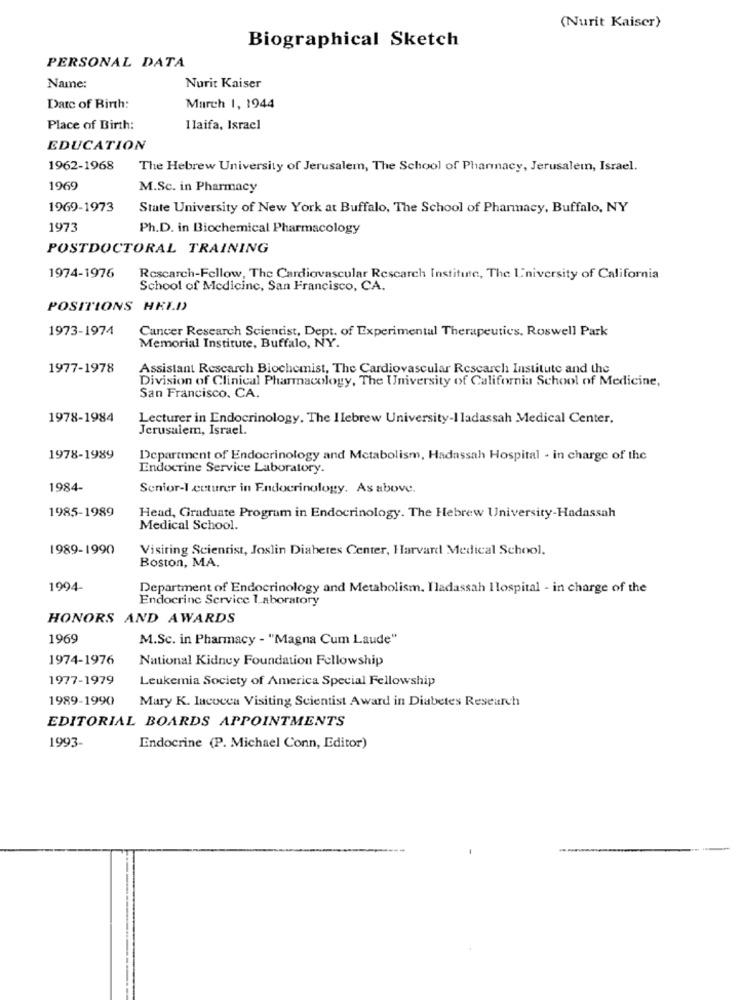
(Nurit Kaiser)
Biographical Sketch
PERSONAL DATA
Name:
Nurit Kaiser
Date of Birth:
March 1, 1944
Place of Birth:
Ilaifa, Israel
EDUCATION
1962-1968
The Hebrew University of Jerusalem, The School of Pharmacy, Jerusalemn, Israel.
1969
M.Sc. in Pharmacy
1969-1973
State University of New York at Buffalo, The School of Pharmacy, Buffalo, NY
1973
Ph.D. in Biochemical Pharmacology
POSTDOCTORAL TRAINING
1974-1976
Rescarch-Fellow, The Cardiovascular Research Institute, The University of California
School of Medicine, San Francisco, CA.
POSITIONS HELD
1973-1974
Cancer Research Scientist, Dept. of Experimental Therapeutics, Roswell Park
Memorial Institute, Buffalo, NY.
1977-1978
Assistant Rescarch Biochemist, The Cardiovascular Research Institute and the
Division of Clinical Pharmacology, The University of California School of Medicine,
San Francisco, CA.
1978-1984
Lecturer in Endocrinology. The Ilebrew University-I ladassah Medical Center.
Jerusalem, Israel.
1978-1989
Department of Endocrinology and Metabolism, Hadassah Hospital - in charge of the
Endocrine Service Laboratory.
1984-
Senior-I cuturer in Endocrinology, As above.
1985-1989
Head, Graduate Program in Endocrinology. The Hebrew University-Hadassah
Medical School.
1989-1990
Visiting Scientist, Joslin Diabetes Center, Harvard Medical School.
Boston, MA.
1994-
Department of Endocrinology and Metabolism. I ladassah Ilospital - in charge of the
Endocrine Service Laboratory
HONORS AND AWARDS
1969
M.Sc. in Pharmacy - "Magna Cum Laude"
1974-1976
National Kidney Foundation Fellowship
1977-1979
Leukemia Society of America Special Fellowship
1989-1990
Mary K. Iacocca Visiting Scientist Award in Diabetes Research
EDITORIAL BOARDS APPOINTMENTS
1993-
Endocrine (P. Michael Conn, Editor)
-